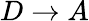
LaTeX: D\rightarrow A